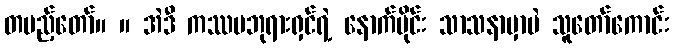
တပည့်တော်။ ။ အဲဒီ ကဿပဘုရားရှင်ရဲ့ နောက်ပိုင်း သာသနာမှာပဲ သူတော်ကောင်း